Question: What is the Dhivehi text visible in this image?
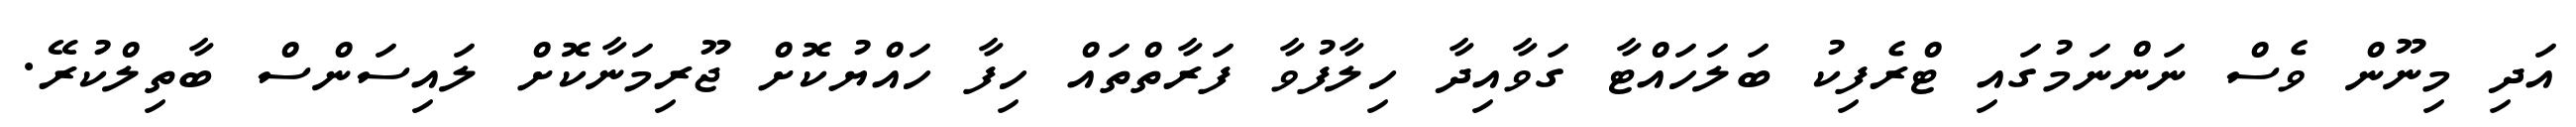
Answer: އަދި މިނޫން ވެސް ނަންނަމުގައި ޓްރެފިކު ބަލަހައްޓާ ގަވާއިދާ ހިލާފުވާ ފަރާތްތައް ހިފާ ހައްޔުކޮށް ޖޫރިމަނާކޮށް ލައިސަންސް ބާތިލްކުރޭ.